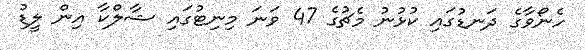
ހެނޯވާގެ ދަނޑުގައި ކުޅުނު މެޗުގެ 47 ވަނަ މިނިޓުގައި ޝާލްކާ އިން ލީޑު